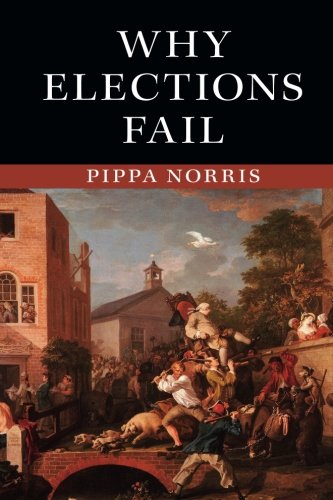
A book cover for Why Elections Fail; Pippa Norris; Law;